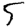
Digit: 5